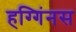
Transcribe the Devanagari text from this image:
हग्गिंनस